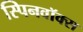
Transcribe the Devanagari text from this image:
स्पिनवॉक्स